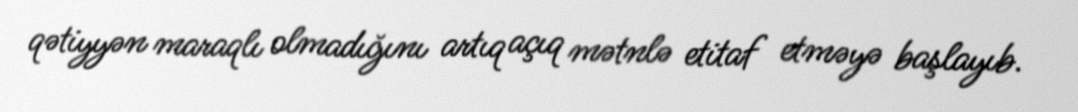
qətiyyən maraqlı olmadığını artıq açıq mətnlə etitaf etməyə başlayıb.